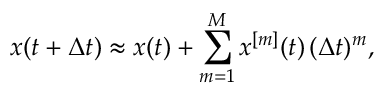
x ( t + \Delta t ) \approx x ( t ) + \sum _ { m = 1 } ^ { M } x ^ { [ m ] } ( t ) \, ( \Delta t ) ^ { m } ,